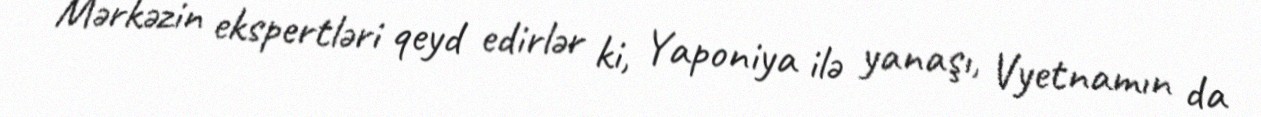
Mərkəzin ekspertləri qeyd edirlər ki, Yaponiya ilə yanaşı, Vyetnamın da